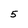
Character: 5